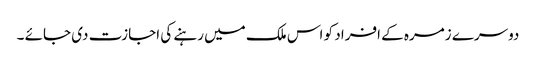
دوسرے زمرہ کے افراد کو اس ملک میں رہنے کی اجازت دی جائے ۔